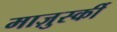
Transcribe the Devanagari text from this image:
माज़ुर्स्की